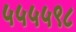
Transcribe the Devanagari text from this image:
५५५५९८